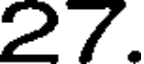
27.